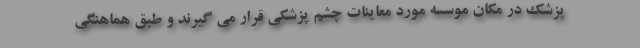
پزشک در مکان موسسه مورد معاینات چشم پزشکی قرار می گیرند و طبق هماهنگی